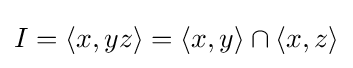
I=\langle x,yz\rangle =\langle x,y\rangle \cap \langle x,z\rangle